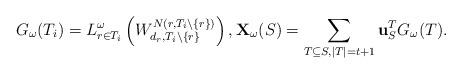
LaTeX: \begin{align*}G_\omega(T_i)=L_{r \in T_i}^\omega\left(W_{d_r,T_i \backslash \{r\}}^{N(r,T_i \backslash \{r\})}\right), \mathbf{X}_\omega(S)=\sum_{T \subseteq S, |T|=t+1}{\mathbf{u}_{S}^{T}G_\omega(T)}.\end{align*}